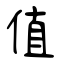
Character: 値